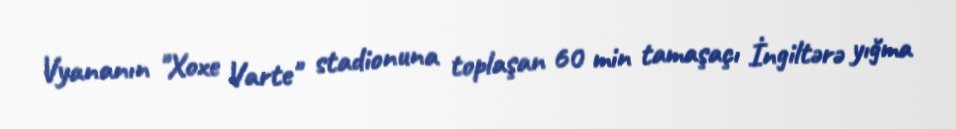
Vyananın "Xoxe Varte" stadionuna toplaşan 60 min tamaşaçı İngiltərə yığma